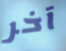
آخر